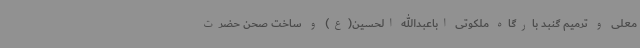
معلی و ترمیم گنبد بارگاه ملکوتی اباعبدالله الحسین(ع) و ساخت صحن حضرت